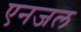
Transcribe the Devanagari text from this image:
एनजल